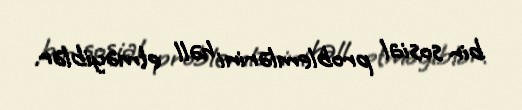
bir sosial problemlərini həll etməyiblər.